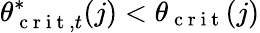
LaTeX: \theta_{\mathrm{~c~r~i~t~},t}^{*}(j)<\theta_{\mathrm{~c~r~i~t~}}(j)